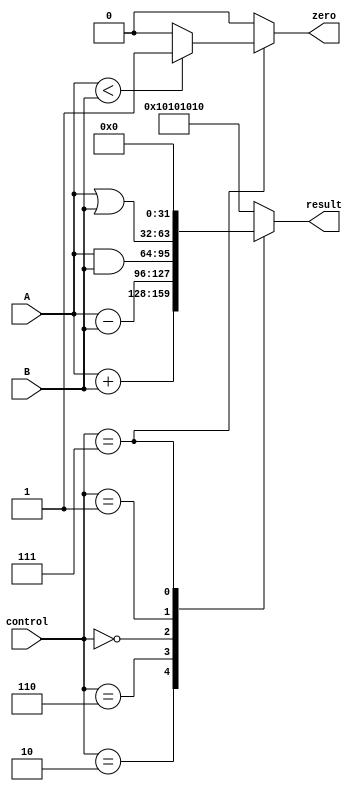
`timescale 1ns / 1ps
//////////////////////////////////////////////////////////////////////////////////
// Company: 
// Engineer: 
// 
// Design Name: 
// Module Name:    alu 
// Project Name: 
// Target Devices: 
// Tool versions: 
// Description: 
//
// Dependencies: 
//
// Revision: 
// Revision 0.01 - File Created
// Additional Comments: 
//
//////////////////////////////////////////////////////////////////////////////////
module alu(
	input  [31:0] A,
	input  [31:0] B,
	input  [2:0]  control,
	output reg 	      zero,
	output reg [31:0] result
    );

localparam [2:0] 	ADD = 3'b010,
						SUB = 3'b110,
						AND = 3'b000,
						OR = 3'b001,
						SLT = 3'b111;
						//TEST = 3'b000;
always @ *
case(control)
	/*TEST:
	begin
		result = 32'hzzzzzzzz;
		zero = 0;
	end*/
	ADD: 
	begin
		result = A + B;
		zero = 0;
	end
	SUB: 
	begin 
		result = A - B;
		zero = 0;
	end
	AND: 
	begin
		result = A & B;
		zero = 0;
	end
	OR: 
	begin
		result = A | B;
		zero = 0;
	end
	SLT:
	begin
		zero = A < B? 1 : 0;
		result = 32'h00000000;
	/*
		if(A < B)
			begin
				result = 32'h00000000;
				zero = 1;
			end
		else
			begin
				result = 32'h00000000;
				zero = 0;
			end*/
	end
	default:
	begin
		result = 32'h10101010;
		zero = 0;
	end
endcase
endmodule